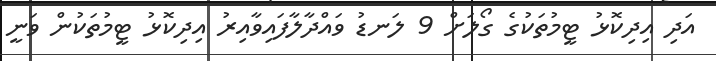
އަދި އިދިކޮޅު ޓީމުތަކުގެ ގޯލަށް 9 ލަނޑު ވައްދާލާފައިވާއިރު އިދިކޮޅު ޓީމުތަކުން ވަނީ